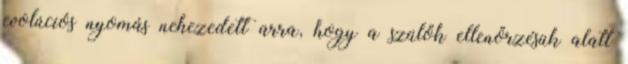
evolúciós nyomás nehezedett arra, hogy a szülők ellenőrzésük alatt